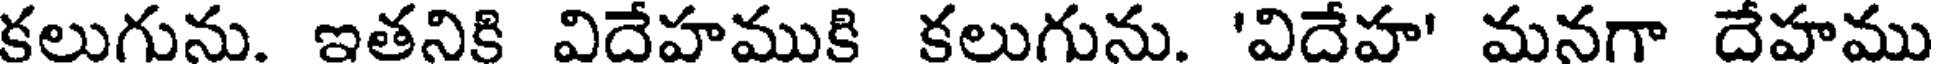
కలుగును. ఇతనికి విదేహముకి కలుగును. 'విదేహ' మనగా దేహము